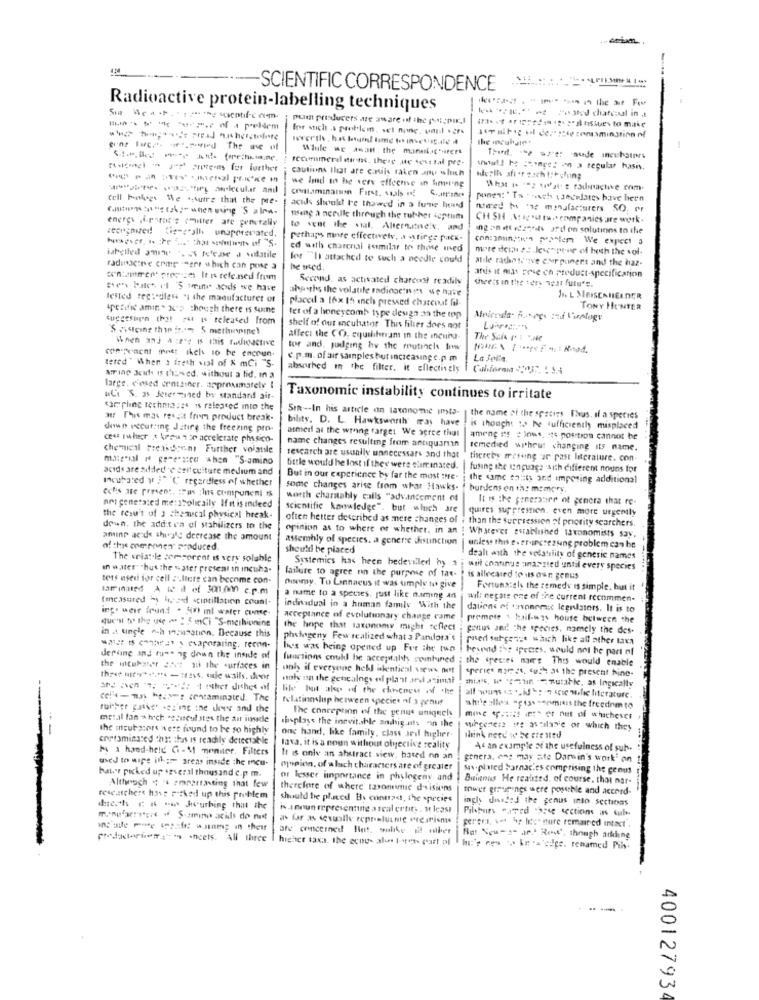
-SCIENTIFIC CORRESPONDENCE
Radioactive protein-labelling techniques
pum producers are aware of the posi ¿pix,I
----- - peldem
for such a problem set nunc, weil +
Wile we awant the manufacturers
secimmerd sur-ns. these de seks tal pre-
cautions that are cruis talen any which
wwwl.l he sings: on a regular hasis.
we Ined in he verv effeense in timing
crontaminanon First. saals of
cell Finlegs We "sutre that the pre-
ponen: " Ta t wach Lanewdates have been
acids should te thawed in a fume heerd
need to : manufacturers SO, er
energy (fr"roc's cuitfer are generally
nisang a needle through the ruther septum
CH SH Arigodtw, companies are work.
to vent the stal, Alteruneix, and
ing on itt izqfils ard on solutions to the
recognized (is-call unappreciated,
perhaps more effectively, a wrings pack-
ed with charcoal isimilar to those used
more deixa : Jesper of hoth the vol-
iaretied show ". Es I'ne a vidatile
for "I attached to such a needle could
atole rados scuse cherpuners and the har-
radaacne crine -mert which can pose a
he med.
tentamen precisas It is released from
Second, as activated charcoal readily
cheers in the ters west future.
andis it may rose ch product-specification
ten Fakt il 'S trine acids we have
shoths the volaute indicocinin we have
tested seg: diese "I the manufacturer of
placed a 16x 15 inch pressed chascoat fil-
specific amin " x's though there is some
TONY HUNTER
tuggesign (ha! zut Is released from
tet of a honeycomb type desiga aa the top
shelf of our incubator Thuis filler does not
When an) A:e's is this radioactive
affect the CO, equilihrram in the incuna-
component moet ikchi lo be encoun.
tor and. judging hy the mutench like
tered " When 2 freth vist of & mCi "S-
c.p.m. of air samples but increasing c.p. m
La Jolie.
absorbed in the filter. it ellectively | Cahierma DUC. 1 5.4
Aring Jeut 15 thused, without a lid. in a
large. closed centimer. approximately I
wC'i S. 35 Jetermined two standardd air-
Taxonomic instability continues to irritate
sar pling technia :# is released into the
Sin -- In his article on lavonomic insta-
at This mas reszit from product break-
bility. D. L. Hawksworth may have
the name of the species Thus, Il a species
deven occurring Jatire the freezing pro-
atmedi at the wrong target We agree that
is thought to be sufficiently misplaced
cest Fwher & kenwas accelerate physico-
name changes resulting from antiquanın
among its # Inns. its position cannot be
chemical Preisdrone Further volatile
remedied without changing its name.
material ( genesee when "S-amino
rescarch are usually unnecessary and that
thereby messing ar past literature. con-
acids are added-e seit cuiture medium and
tittle would he lost if they were eliminared.
fusing the unguage "sich different nouns for
Incubated W ;"C regardless of whether
But in our experience by far the most :He-
the same salts and imposing additional
echis are present. : as ; his component is
some changes arise from what Hawks- I burdens en th: memory.
worth chartably calls "advancement of
It is the generare of genera that re-
net genetated me:stolicaily If it is indeed
scientific knowledge". but which are
quires suppression. cren more urgemily
the resu't of 3 chemical physical break-
often hetter described as mere changes of i than the suresession of priority searchers.
down. the additea of stshilizers to the
opinion as to where of whether. in an
Whatever established taxonomists say.
amino acids shingle deerease the amount
assembly of species. a genere distinction
of this one ponen' produced.
should be placed
unless this e .er-increasing problem can be
The criat-le comcorent it very soluble
dealt with the volatility of generic names
-...
in water" "hus the water present in incuha-
failure to agree on the purpose of tax-
Systemics has heen bedevilled by $ ; weil continue unassted until every species
ters used for cell : . ltere can become con-
is allecared to us osn genus
laminated A te il et 300.000 c.p.m
Diemy. Tu Linnaeus it was simply to give
Fortuna:el the remedy is simple, but it
temeasured b bed scintillation count-
a name to a spetses, just like naming an
wil: negate one of the current recommen-
ing. were found . Sin ml water cunse-
individual in a human family With the
dations of urionemac legislators. It is to
que'st to the use = " miCi "S-methionine
Acceptance of evolutionary change came
promote \ hail-w ys house between the
in a tingle ach incuration. Because this
the hope that taxonomy might reflect
pontus and the species, namely the des-
photogeny Few realized what a Pandora's
pased surgeque which like all other mzes
was 1 (4 ) evaporaling. recon-
he's was being opened up Fer the tun
hevend : . species. would not be part of
derdine and fun* og down the inside of
functions could be acceptalh combined
the species noirs This would enable
the incubater an ad the surfaces in
only if everyone hell identical views nett
speriet maess, such as the present hino-
three mit *** - tass, te wsils. die
ants in the genealogy el plant and animal
ANS Je ther diches of
life has also of the cloneness of the
celkemas heisms contaminated. The
Felatinoslup between species of 3 genus
mulher gasket .ez ing ine see and the
The conception of the genus unsquels
while alles =pistasemisis the freedom to
metal fan * hroch *shiseul ates the air inside
thisplays the inevitable ambig ats on the
more quer or net of whichever
---
the meuts:ors were found to be so highly
suhgenere ite asolarie or which they
contaminated that this is readily detectable
one hand, like family, class sed higher-
think need whe ete sted
a hand-held Gi-M monitor. Filters
lava, it is a noun without olyective reality
As an example of the usefulness of sub.
used to wipe ill. ; grens inside the mcu-
It is only an abstract view. based nn an
genera. ans may ate Darwin's work' on
Fat'r picked up several thousand c.p.m.
opinion, of a lach characters are of greater
sas-plated Sarnac.es comprising the genus
or lesser importance in phylogeny and . Buinnus He realted. of course. thai nar-
Buinenus He realted. of course. thai nar-
Althroch ": "4 erapartasting that few
therefore of where taxonemic divisions
tower greugings acre possible and accord-
researchers has: F cked up this problem
should be placed By contrast, the species
ingly dusled the genus into sections
diesh & R -w Jwcurbing that the
h.Innun representing a real crtit, . 1 least
monpfarrer . S-amino acids do not
as far as seuwolle reprislusnie Prgarismu
perena, we by his- sure remained intact".
are concerned Blet. walke 2 ihet
productorhors" - - heets. All three
higher taxa. the ecou- alus teres- part of
No: Sou-s- ar Rene, though arkling
he's ces . In .- elge. renamed Pihs.
-
400127934